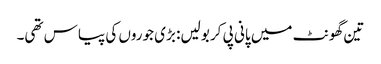
تین گھونٹ میں پانی پی کر بولیں: بڑی جوروں کی پیاس تھی۔